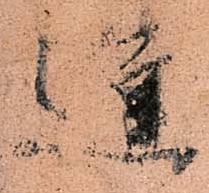
進